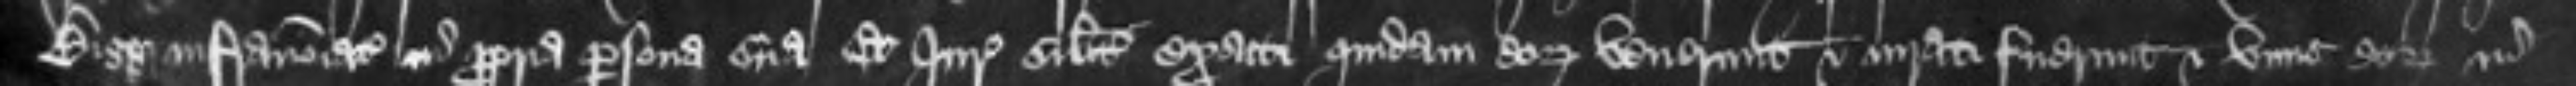
Bigg infranominatus in propria persona sua Et Iuratores similiter exacti quidam eorum venerunt et iurati fuerunt et unus eorum in